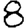
Digit: 8